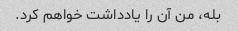
بله، من آن را یادداشت خواهم کرد.